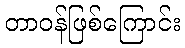
တာဝန်ဖြစ်ကြောင်း